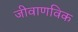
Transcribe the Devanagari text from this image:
जीवाणविक